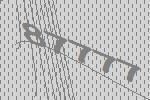
87777